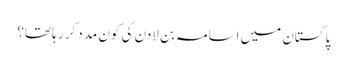
پاکستان میں اسامہ بن لادن کی کون مدد کر رہا تھا؟